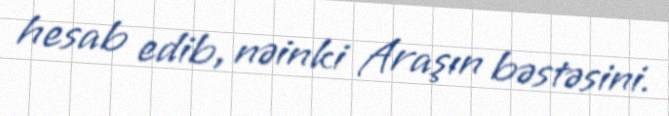
hesab edib, nəinki Araşın bəstəsini.